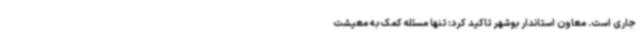
جاری است. معاون استاندار بوشهر تاکید کرد: تنها مسئله کمک به معیشت